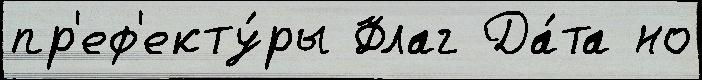
пр'еф'екту́ры Флаг Да́та но